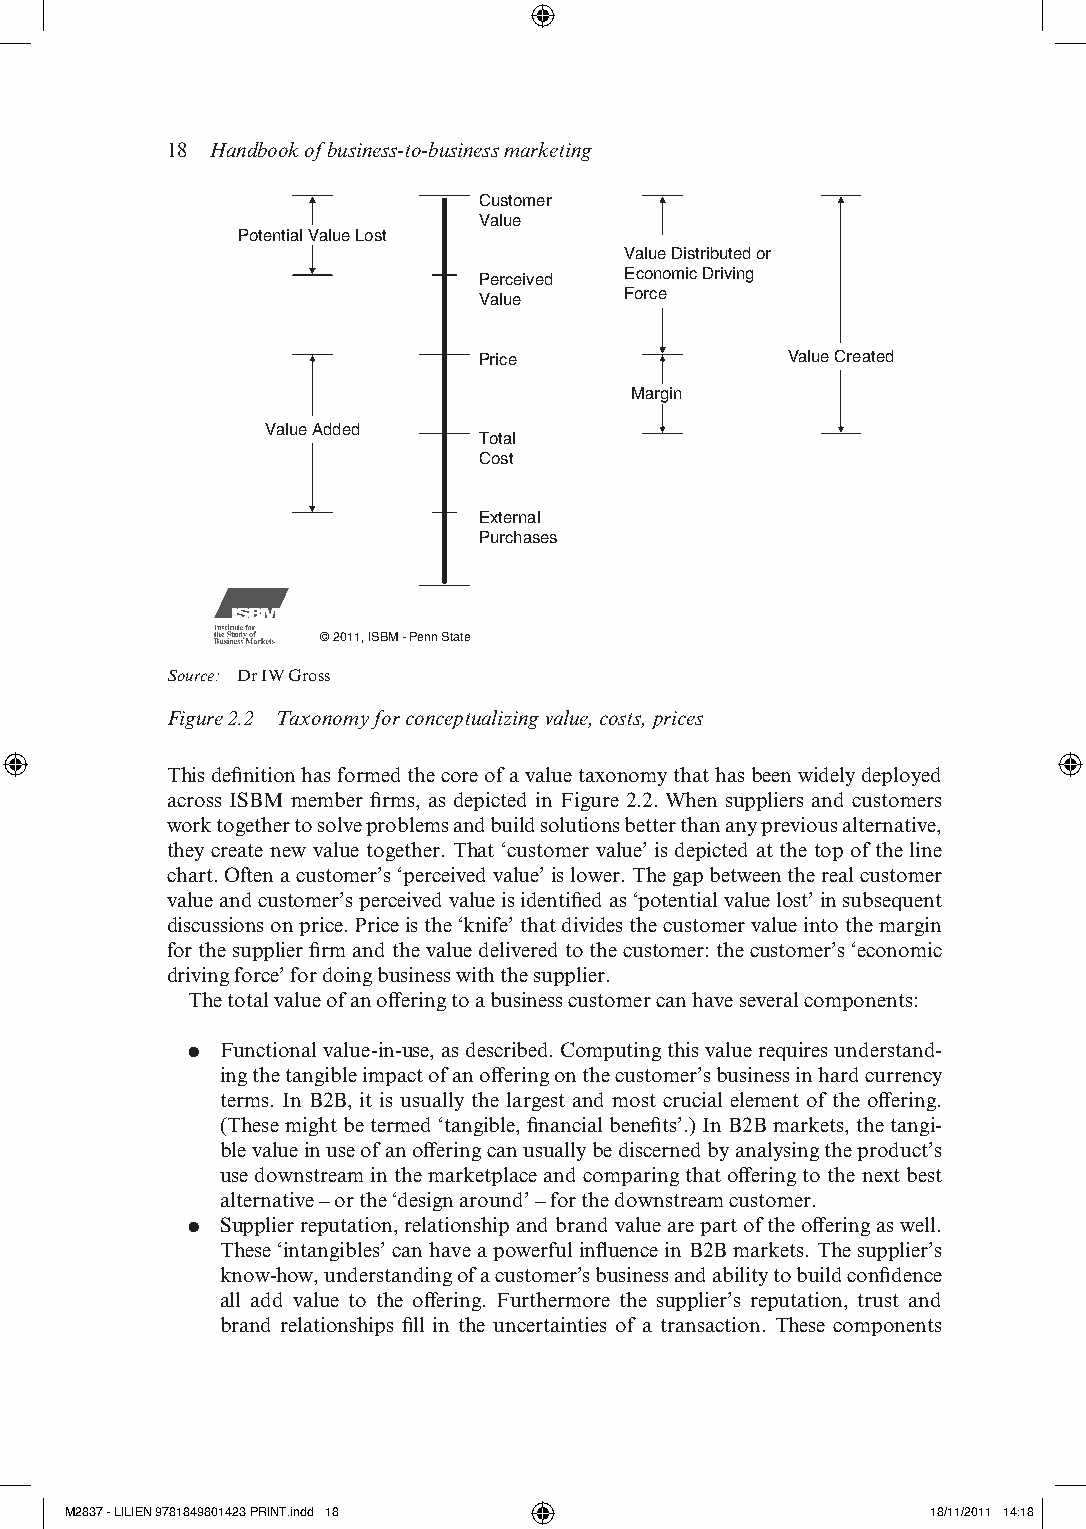
18 Handbook of business-to-business marketing
 Customer
 Value
 Potential Value Lost
 Value Distributed or
 Economic Driving
 Perceived
 Force
 Value
 Price               Value Created
 Margin
 Value Added
 Total
 Cost
 External
 Purchases
 © 2011, ISBM - Penn State
 Source: dr iW gross
 Figure 2.2 Taxonomy for conceptualizing value, costs, prices
 this definition has formed the core of a value taxonomy that has been widely deployed
 across isbM member firms, as depicted in Figure 2.2. When suppliers and customers
 work together to solve problems and build solutions better than any previous alternative,
 they create new value together. that ‘customer value’ is depicted at the top of the line
 chart. often a customer’s ‘perceived value’ is lower. the gap between the real customer
 value and customer’s perceived value is identified as ‘potential value lost’ in subsequent
 discussions on price. Price is the ‘knife’ that divides the customer value into the margin
 for the supplier firm and the value delivered to the customer: the customer’s ‘economic
 driving force’ for doing business with the supplier.
 the total value of an offering to a business customer can have several components:
 ●● Functional value- in- use, as described. Computing this value requires understand-
 ing the tangible impact of an offering on the customer’s business in hard currency
 terms. in b2b, it is usually the largest and most crucial element of the offering.
 (these might be termed ‘tangible, financial benefits’.) in b2b markets, the tangi-
 ble value in use of an offering can usually be discerned by analysing the product’s
 use downstream in the marketplace and comparing that offering to the next best
 alternative – or the ‘design around’ – for the downstream customer.
 ●● supplier reputation, relationship and brand value are part of the offering as well.
 these ‘intangibles’ can have a powerful influence in b2b markets. the supplier’s
 know- how, understanding of a customer’s business and ability to build confidence
 all add value to the offering. Furthermore the supplier’s reputation, trust and
 brand relationships fill in the uncertainties of a transaction. these components
 M2837 - LILIEN 9781849801423 PRINT.indd 18                18/11/2011 14:18